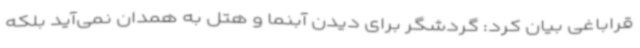
قراباغی بیان کرد: گردشگر برای دیدن آبنما و هتل به همدان نمی‌آید بلکه